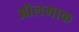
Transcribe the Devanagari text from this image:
ऑलमाक